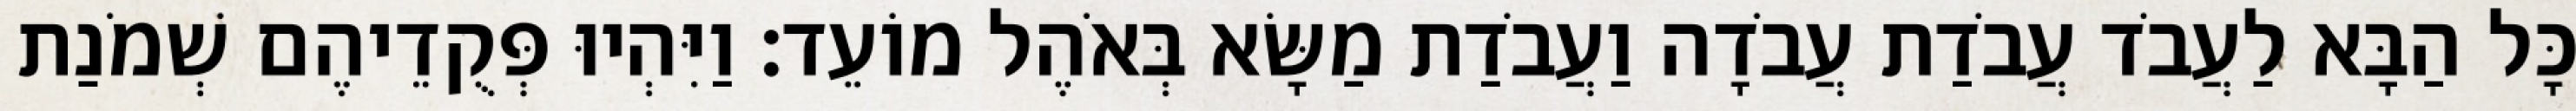
כָּל הַבָּא לַעֲבֹד עֲבֹדַת עֲבֹדָה וַעֲבֹדַת מַשָּׂא בְּאֹהֶל מוֹעֵד׃ וַיִּהְיוּ פְּקֻדֵיהֶם שְׁמֹנַת